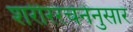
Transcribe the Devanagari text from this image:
शरीररचनेनुसार